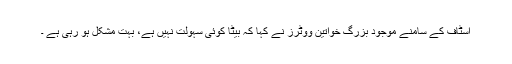
اسٹاف کے سامنے موجود بزرگ خواتین ووٹرز نے کہا کہ بیٹا کوئی سہولت نہیں ہے، بہت مشکل ہو رہی ہے ۔